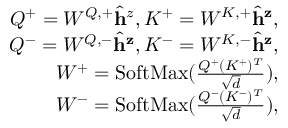
\begin{array} { r } { Q ^ { + } = W ^ { Q , + } \hat { \mathbf { h } } ^ { z } , K ^ { + } = W ^ { K , + } \hat { \mathbf { h } } ^ { \mathbf { z } } , } \\ { Q ^ { - } = W ^ { Q , - } \hat { \mathbf { h } } ^ { \mathbf { z } } , K ^ { - } = W ^ { K , - } \hat { \mathbf { h } } ^ { \mathbf { z } } , } \\ { W ^ { + } = \mathrm { S o f t M a x } ( \frac { Q ^ { + } ( K ^ { + } ) ^ { T } } { \sqrt { d } } ) , } \\ { W ^ { - } = \mathrm { S o f t M a x } ( \frac { Q ^ { - } ( K ^ { - } ) ^ { T } } { \sqrt { d } } ) , } \end{array}